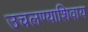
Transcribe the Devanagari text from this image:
उचलण्याशिवाय